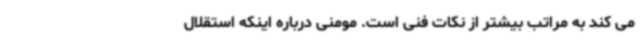
می کند به مراتب بیشتر از نکات فنی است. مومنی درباره اینکه استقلال